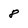
Character: 8